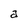
Character: a